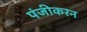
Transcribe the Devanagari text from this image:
पंजीकरन